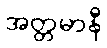
အတ္တမာနီ